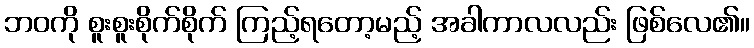
ဘဝကို စူးစူးစိုက်စိုက် ကြည့်ရတော့မည့် အခါကာလလည်း ဖြစ်လေ၏။